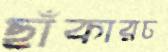
ছাঁকারচ